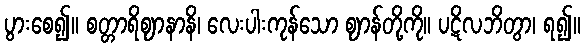
ပွားစေ၍။ စတ္တာရိဈာနာနိ၊ လေးပါးကုန်သော ဈာန်တို့ကို။ ပဋိလဘိတွာ၊ ရ၍။